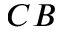
C B